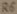
Text: R6